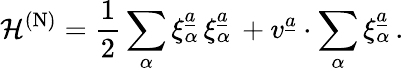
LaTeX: \mathcal{H}^{\mathrm{{(N)}}}={\frac{{1}}{{2}}}\sum_{\alpha}\xi_{\alpha}^{\underline{{{{a}}}}}\, \xi_{\alpha}^{\underline{{{{a}}}}}\, +v^{\underline{{{{a}}}}}\cdot\sum_{\alpha}\xi_{\alpha}^{\underline{{{{a}}}}}\, .